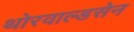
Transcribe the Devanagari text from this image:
थोरवाल्डसेन